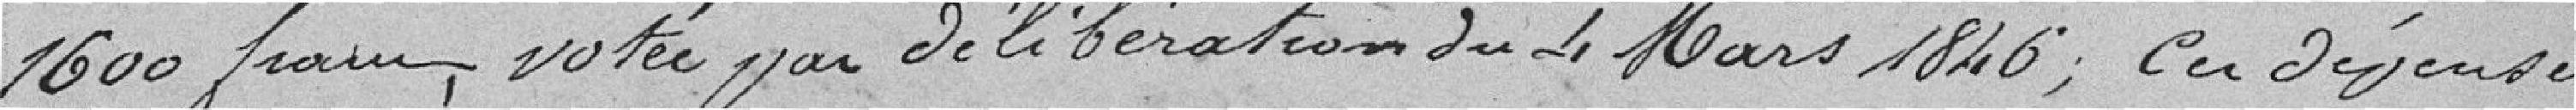
1600 francs ,votée par délibération du 4 mars 1846; Ces dépenses